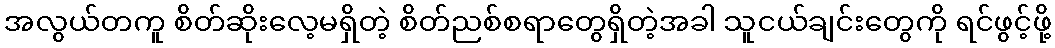
အလွယ်တကူ စိတ်ဆိုးလေ့မရှိတဲ့ စိတ်ညစ်စရာတွေရှိတဲ့အခါ သူငယ်ချင်းတွေကို ရင်ဖွင့်ဖို့